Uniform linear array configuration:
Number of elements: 48
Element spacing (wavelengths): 0.5
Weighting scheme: hamming
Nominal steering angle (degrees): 60
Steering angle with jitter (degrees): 58.426
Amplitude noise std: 0.05
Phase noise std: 0.05

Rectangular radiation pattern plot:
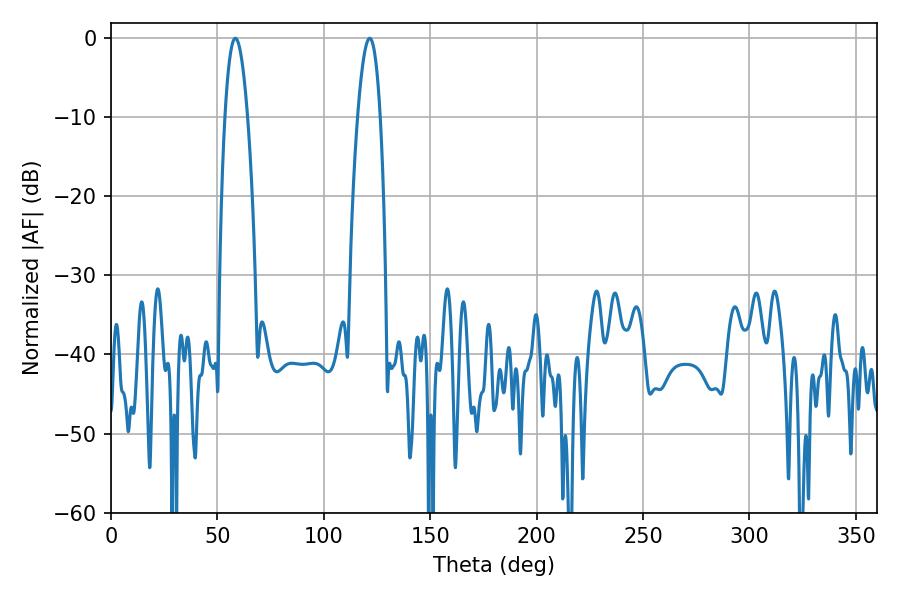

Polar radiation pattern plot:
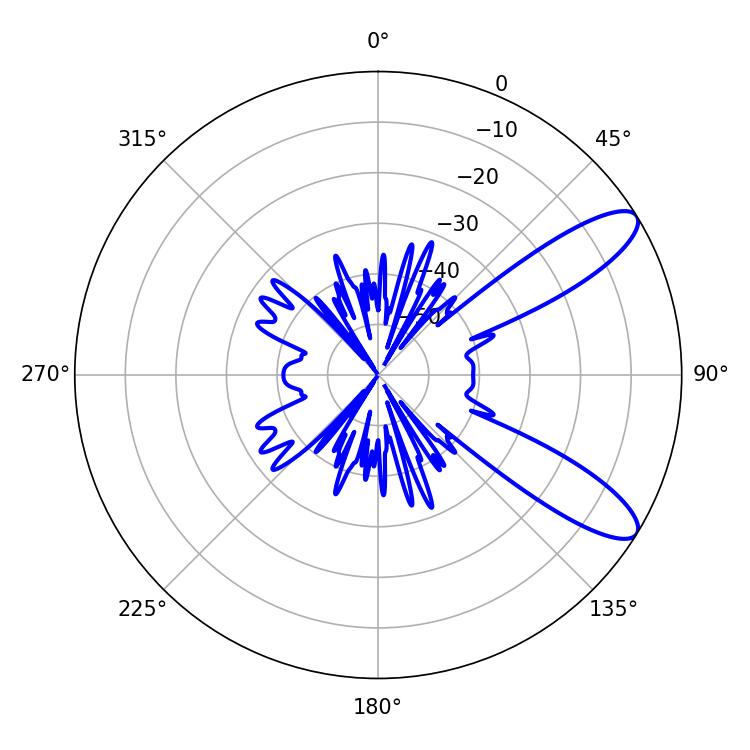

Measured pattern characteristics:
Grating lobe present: FALSE
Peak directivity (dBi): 10.269
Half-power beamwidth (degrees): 5.94
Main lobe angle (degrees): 58.5